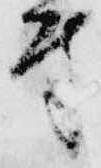
付